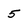
Character: 5